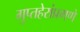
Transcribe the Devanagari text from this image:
गुप्तहेरांप्रमणे